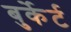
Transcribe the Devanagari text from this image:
बुर्केर्ट